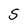
Character: S